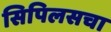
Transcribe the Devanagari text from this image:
सिपिलसचा